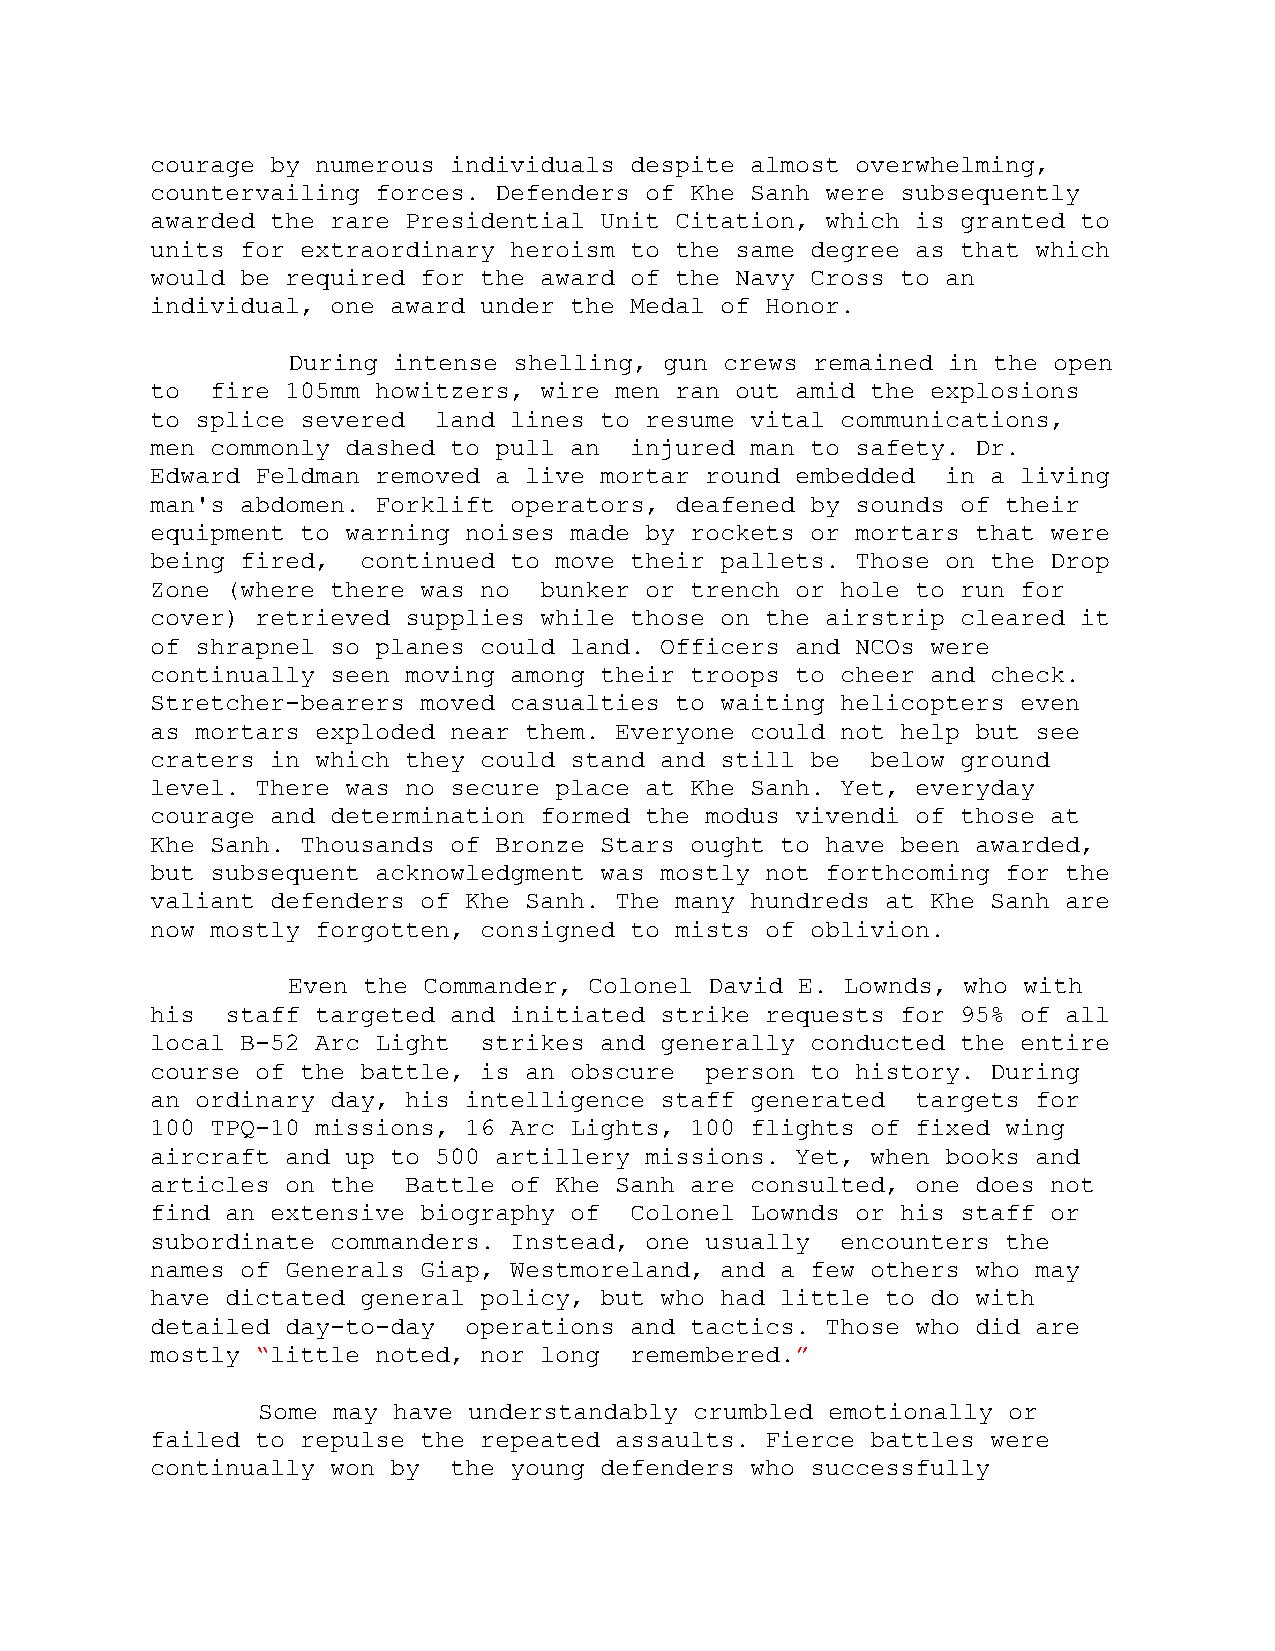
courage by numerous individuals despite almost overwhelming,
 countervailing forces. Defenders of Khe Sanh were subsequently
 awarded the rare Presidential Unit Citation, which is granted to
 units for extraordinary heroism to the same degree as that which
 would be required for the award of the Navy Cross to an
 individual, one award under the Medal of Honor.
 During intense shelling, gun crews remained in the open
 to  fire 105mm howitzers, wire men ran out amid the explosions
 to splice severed  land lines to resume vital communications,
 men commonly dashed to pull an  injured man to safety. Dr.
 Edward Feldman removed a live mortar round embedded  in a living
 man's abdomen. Forklift operators, deafened by sounds of their
 equipment to warning noises made by rockets or mortars that were
 being fired,  continued to move their pallets. Those on the Drop
 Zone (where there was no  bunker or trench or hole to run for
 cover) retrieved supplies while those on the airstrip cleared it
 of shrapnel so planes could land. Officers and NCOs were
 continually seen moving among their troops to cheer and check.
 Stretcher-bearers moved casualties to waiting helicopters even
 as mortars exploded near them. Everyone could not help but see
 craters in which they could stand and still be  below ground
 level. There was no secure place at Khe Sanh. Yet, everyday
 courage and determination formed the modus vivendi of those at
 Khe Sanh. Thousands of Bronze Stars ought to have been awarded,
 but subsequent acknowledgment was mostly not forthcoming for the
 valiant defenders of Khe Sanh. The many hundreds at Khe Sanh are
 now mostly forgotten, consigned to mists of oblivion.
 Even the Commander, Colonel David E. Lownds, who with
 his  staff targeted and initiated strike requests for 95% of all
 local B-52 Arc Light  strikes and generally conducted the entire
 course of the battle, is an obscure  person to history. During
 an ordinary day, his intelligence staff generated  targets for
 100 TPQ-10 missions, 16 Arc Lights, 100 flights of fixed wing
 aircraft and up to 500 artillery missions. Yet, when books and
 articles on the  Battle of Khe Sanh are consulted, one does not
 find an extensive biography of  Colonel Lownds or his staff or
 subordinate commanders. Instead, one usually  encounters the
 names of Generals Giap, Westmoreland, and a few others who may
 have dictated general policy, but who had little to do with
 detailed day-to-day  operations and tactics. Those who did are
 mostly “little noted, nor long  remembered.”
 Some may have understandably crumbled emotionally or
 failed to repulse the repeated assaults. Fierce battles were
 continually won by  the young defenders who successfully